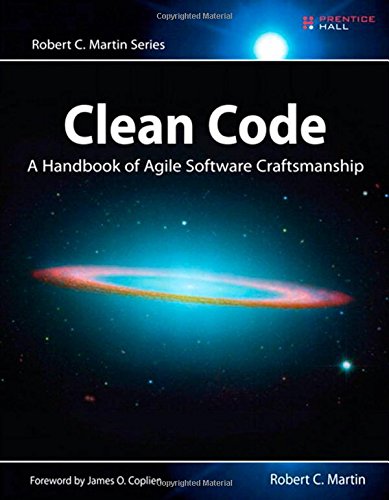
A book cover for Clean Code: A Handbook of Agile Software Craftsmanship; Robert C. Martin; Computers & Technology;